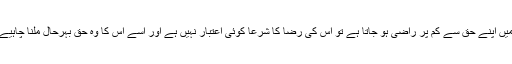
یعنی اگر کوئی شخص مجبوری اور اضطرار کی حالت میں اپنے حق سے کم پر راضی ہو جاتا ہے تو اس کی رضا کا شرعًا کوئی اعتبار نہیں ہے اور اسے اس کا وہ حق بہرحال ملنا چاہیے جس سے وہ مجبوری کی وجہ سے دستبردار ہوگیا ہے۔